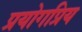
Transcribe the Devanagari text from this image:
प्रयोगप्रिय